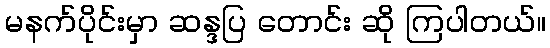
မနက်ပိုင်းမှာ ဆန္ဒပြ တောင်း ဆို ကြပါတယ်။